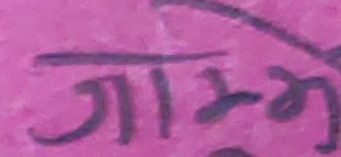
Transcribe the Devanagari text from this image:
गम्भ